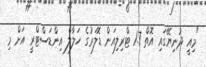
"މިއީ ދުނިޔޭގައި އޮތް 1.7 ޓްރިލިއަން ޑޮލަރުގެ ހަލާލް އިންޑަސްޓްރީ އަށް މި